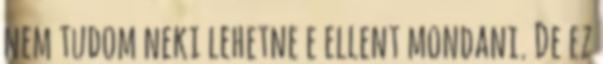
nem tudom neki lehetne e ellent mondani. De ez